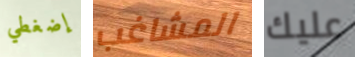
إضغطي المشاغب عليك